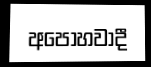
අපෝහවාදී